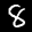
Label: 8